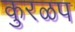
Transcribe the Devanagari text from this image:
कुरळप